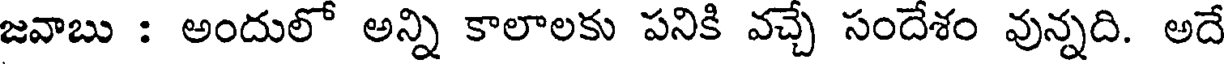
జవాబు : అందులో అన్ని కాలాలకు పనికి వచ్చే సందేశం వున్నది. అదే